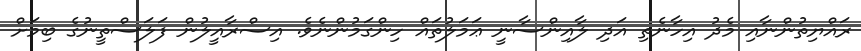
ރައްޔިތުންނާއި މެދު އިހާނެތި އަދި ލާއިންސާނީ ޢަމަލުތައް ހިންގަމުންނެވެ. އިސްރާއީލުން ފަލަސްތީނުގެ ބިމަށް